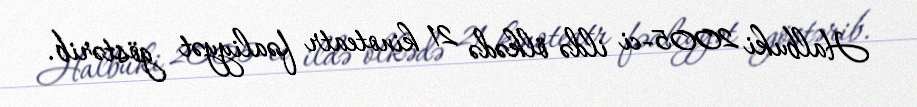
Halbuki 2005-ci ildə ölkədə 21 kinoteatr fəaliyyət göstərib.